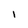
Character: I